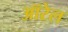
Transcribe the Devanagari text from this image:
ऑरेल